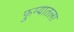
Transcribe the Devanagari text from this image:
फुग्यातला